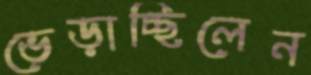
ভেড়াচ্ছিলেন